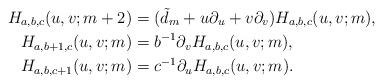
LaTeX: \begin{align*} H_{a,b,c}(u,v;m+2) &= (\tilde d_m + u\partial_u +v\partial_v) H_{a,b,c}(u,v;m), \\ H_{a,b+1,c}(u,v;m) &= b^{-1} \partial_v H_{a,b,c}(u,v;m), \\ H_{a,b,c+1}(u,v;m) &= c^{-1} \partial_u H_{a,b,c}(u,v;m) . \end{align*}